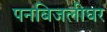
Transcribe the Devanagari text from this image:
पनबिजलीघर